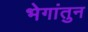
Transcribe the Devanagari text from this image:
भेगांतुन